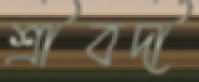
শ্রীবর্দী